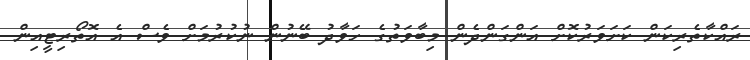
ރައްކާތެރިކަން ކަށަވަރުކޮށް އަންގަންދެން މިބާވަތުގެ ހަވާދު ބޭނުން ނުކުރުމަށް ވެސް އެ އޮތޯރިޓީއިން